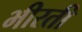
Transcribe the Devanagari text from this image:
भीरती